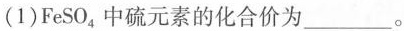
(1)FeSO_{4}中硫元素的化合价为______。